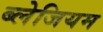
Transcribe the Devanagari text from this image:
ब्लेजियम